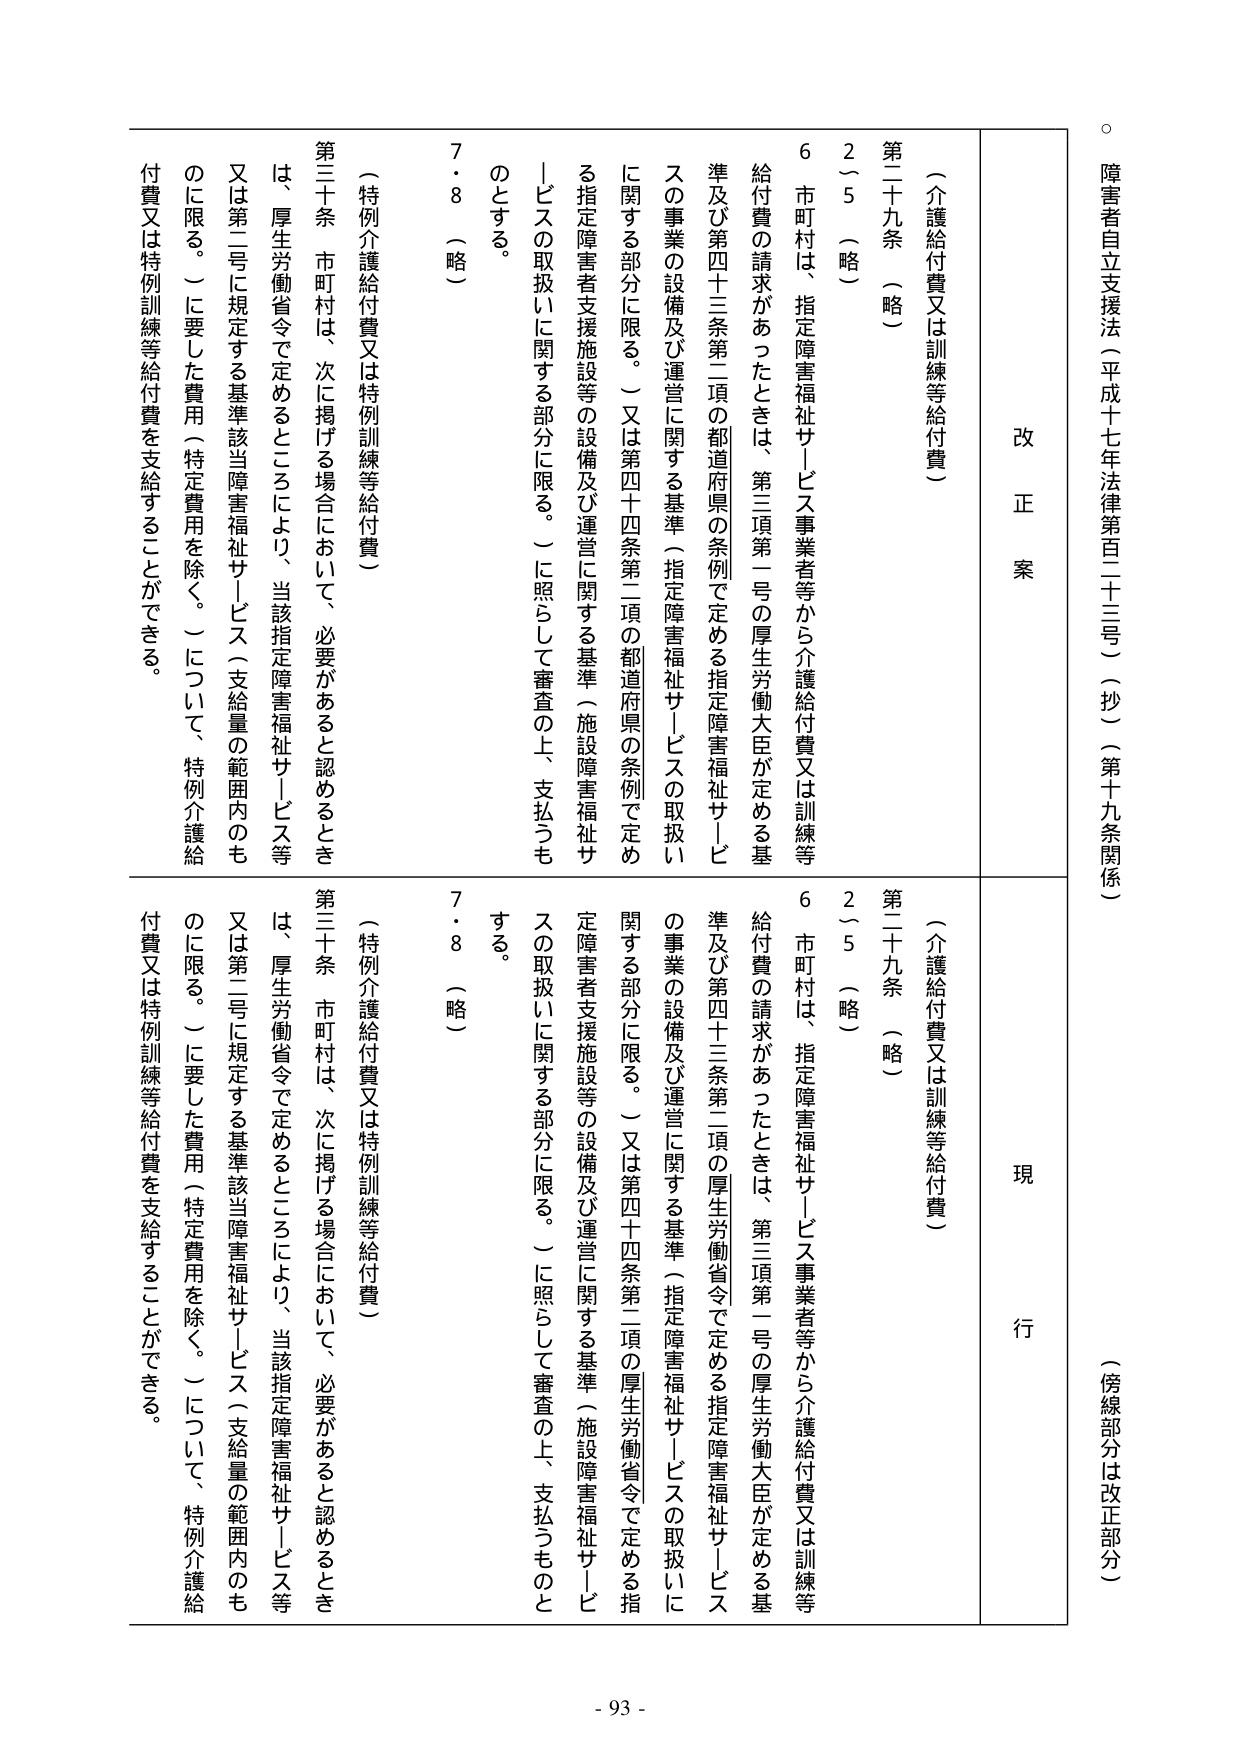
障害者自立支援法（平成十七年法律第百二十三号）（抄）（第十九条関係）

（傍線部分は改正部分）

改正案

（介護給付費又は訓練等給付費）

第二十九条 （略）

２～５ （略）

６ 市町村は、指定障害福祉サービス事業者等から介護給付費又は訓練等給付費の請求があったときは、第三項第一号の厚生労働大臣が定める基準及び第四十三条第二項の都道府県の条例で定める指定障害福祉サービスの事業の設備及び運営に関する基準（指定障害福祉サービスの取扱いに関する部分に限る。）又は第四十四条第二項の都道府県の条例で定める指定障害者支援施設等の設備及び運営に関する基準（施設障害福祉サービスの取扱いに関する部分に限る。）に照らして審査の上、支払うものとする。

７・８ （略）

（特例介護給付費又は特例訓練等給付費）

第三十条 市町村は、次に掲げる場合において、必要があると認めるときは、厚生労働省令で定めるところにより、当該指定障害福祉サービス等又は第二号に規定する基準該当障害福祉サービス（支給量の範囲内のも のに限る。）に要した費用（特定費用を除く。）について、特例介護給付費又は特例訓練等給付費を支給することができる。

現行

（介護給付費又は訓練等給付費）

第二十九条 （略）

２～５ （略）

６ 市町村は、指定障害福祉サービス事業者等から介護給付費又は訓練等給付費の請求があったときは、第三項第一号の厚生労働大臣が定める基準及び第四十三条第二項の厚生労働省令で定める指定障害福祉サービスの事業の設備及び運営に関する基準（指定障害福祉サービスの取扱いに関する部分に限る。）又は第四十四条第二項の厚生労働省令で定める指定障害者支援施設等の設備及び運営に関する基準（施設障害福祉サービスの取扱いに関する部分に限る。）に照らして審査の上、支払うものとする。

７・８ （略）

（特例介護給付費又は特例訓練等給付費）

第三十条 市町村は、次に掲げる場合において、必要があると認めるときは、厚生労働省令で定めるところにより、当該指定障害福祉サービス等又は第二号に規定する基準該当障害福祉サービス（支給量の範囲内のも のに限る。）に要した費用（特定費用を除く。）について、特例介護給付費又は特例訓練等給付費を支給することができる。

- 93 -